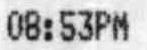
08:53PM